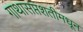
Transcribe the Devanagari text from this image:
गाथासप्तशतीमधून